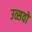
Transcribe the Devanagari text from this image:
उत्सवो